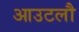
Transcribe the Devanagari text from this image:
आउटलौ